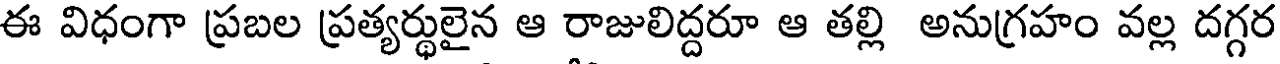
ఈ విధంగా ప్రబల ప్రత్యర్థులైన ఆ రాజులిద్దరూ ఆ తల్లి అనుగ్రహం వల్ల దగ్గర